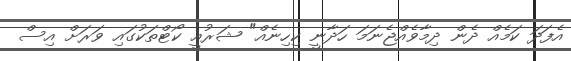
އެފަދަ ކަމެއް ދެން ދިމާވެއްޖެނަމަ ހަދާނީ ކިހިނެއް" ޝަރުއީ ކޯޓްތަކުގައި ވަރަށް އިސް